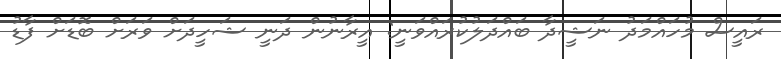
ރައީސް މުހައްމަދު ނަޝީދާ ބައްދަލުކުރައްވަނީ: އީރާނުން ދަނީ ޝަހީދަށް ވަރަށް ބޮޑަށް ފާޑު